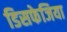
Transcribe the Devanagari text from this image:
डिसफेजिया